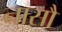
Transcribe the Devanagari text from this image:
नासौ